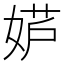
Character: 𫰮